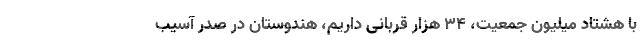
با هشتاد میلیون جمعیت، 34 هزار قربانی داریم، هندوستان در صدر آسیب